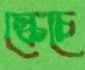
স্কেচে